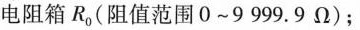
电阻箱R_{0}(阻值范围0~9999。9\Omega)；